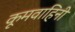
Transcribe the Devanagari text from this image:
कूमवाहिनी